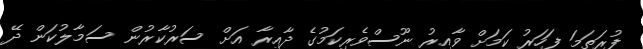
ފުރަތަމަ ފަހަރު ކަމަށް ވާއިރު ނޫސްވެރިކަމުގެ ދާއިރާ އަށް ސަރުކާރުން ސަމާލުކަން ދޭ